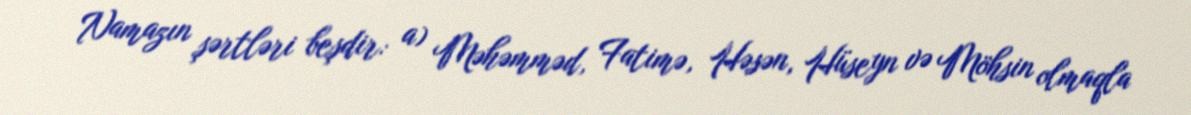
Namazın şərtləri beşdir: a) Məhəmməd, Fatimə, Həsən, Hüseyn və Möhsin olmaqla